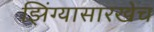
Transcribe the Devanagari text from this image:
झिंग्यासारखेच